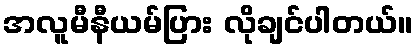
အလူမီနီယမ်ပြား လိုချင်ပါတယ်။